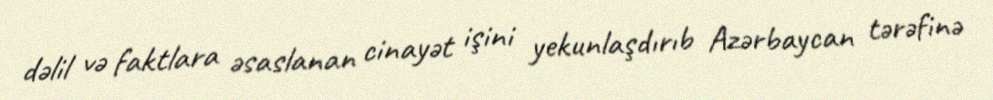
dəlil və faktlara əsaslanan cinayət işini yekunlaşdırıb Azərbaycan tərəfinə